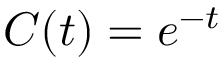
C ( t ) = e ^ { - t }